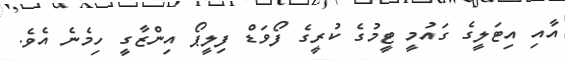
އާއި އިޓަލީގެ ގައުމީ ޓީމުގެ ކުރީގެ ފޯވަޑް ފިލީޕޯ އިންޒާގީ ހިމެނެ އެވެ.